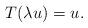
LaTeX: \begin{align*}T(\lambda u)=u.\end{align*}